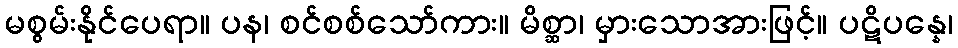
မစွမ်းနိုင်ပေရာ။ ပန၊ စင်စစ်သော်ကား။ မိစ္ဆာ၊ မှားသောအားဖြင့်။ ပဋိပန္နေ၊